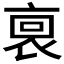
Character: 𧙪